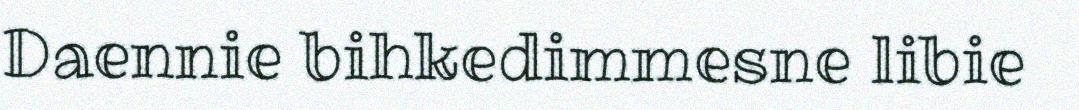
Daennie bihkedimmesne libie